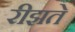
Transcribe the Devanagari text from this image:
रीझते